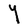
Character: Y